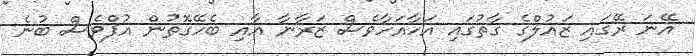
އޭނަ ރޭގައި ޒައުލްގެ ގާތުގައި އަހާއަހާވެސް ޒަރާނާ އާއި ބެހޭގޮތުން އުފްވެސް ބުނެ